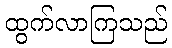
ထွက်လာကြသည်